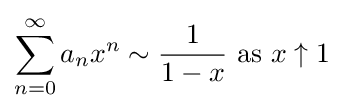
\sum _{n=0}^{\infty }a_{n}x^{n}\sim {\frac {1}{1-x}}\ {\text{as}}\ x\uparrow 1